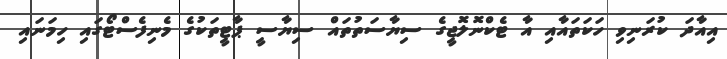
އިއާދަ ކުރަނިވި ހަކަތައާއި އާ ޓެކްނޮލޮޖީގެ ސިޔާސަތުތައް ސިޔާސީ ޕާޓީތަކުގެ މެނިފެސްޓޯގައި ހިމަނައި